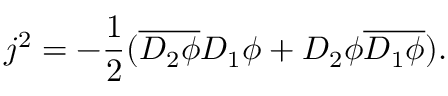
j ^ { 2 } = - \frac { 1 } { 2 } ( \overline { { { D _ { 2 } \phi } } } D _ { 1 } \phi + D _ { 2 } \phi \overline { { { D _ { 1 } \phi } } } ) .